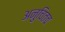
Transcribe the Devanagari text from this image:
अनुचितच